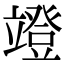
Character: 竳